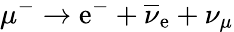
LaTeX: \mu^{-}\rightarrow\mathrm{e}^{-}+\overline{{{\nu}}}_{\mathrm{e}}+\nu_{\mu}